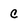
Character: C